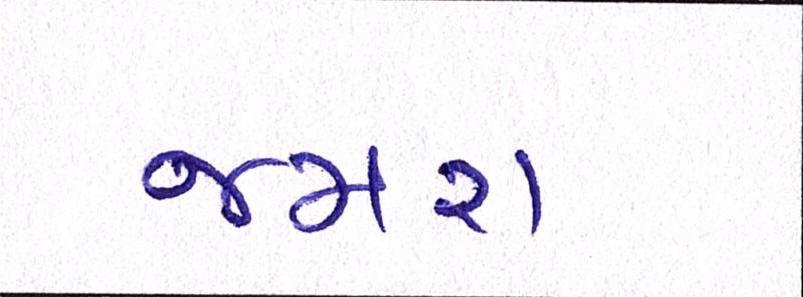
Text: જમરા